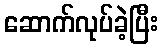
ဆောက်လုပ်ခဲ့ပြီး